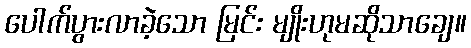
ပေါက်ပွားလာခဲ့သော မြင်း မျိုးဟုမဆိုသာချေ။